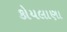
કોયલાણા